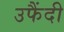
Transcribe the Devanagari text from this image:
उफैंदी